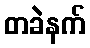
တခဲနက်